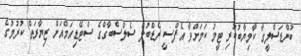
ބުންޑަސްލީގާ ކާމިޔާބުކުރި ޓީމު ކަމަށްވާ އެފްސީ ރެޑްބުލް ސެލްސްބާގްގެ ސްޓޭޑިއަމްއަށް ޒިޔާރަތް ކުރުމުގެ